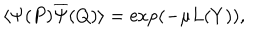
\langle { \Psi } ( P ) \overline { { { \Psi } } } ( Q ) \rangle = \exp ( - \mu L ( Y ) ) ,